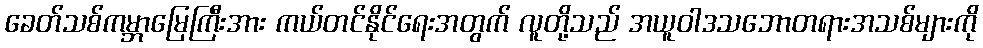
ခေတ်သစ်ကမ္ဘာမြေကြီးအား ကယ်တင်နိုင်ရေးအတွက် လူတို့သည် အယူဝါဒသဘောတရားအသစ်များကို